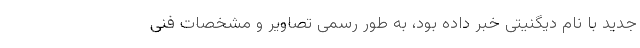
جدید با نام دیگنیتی خبر داده بود، به طور رسمی تصاویر و مشخصات فنی